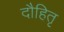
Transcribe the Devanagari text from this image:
दौहितृ